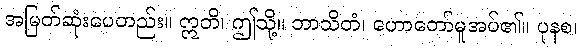
အမြတ်ဆုံးပေတည်း။ ဣတိ၊ ဤသို့။ ဘာသိတံ၊ ဟောတော်မူအပ်၏။ ပုနစ၊